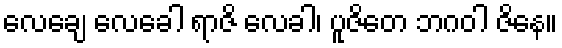
လေချေ လေခေါ ရာဇိ လေခါ၊ ပူဇိတေ ဘဂဝါ ဇိနေ။